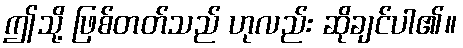
ဤသို့ ဖြစ်တတ်သည် ဟုလည်း ဆိုချင်ပါ၏။